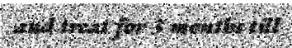
and treat for 3 months till